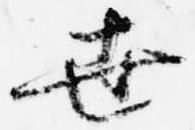
世